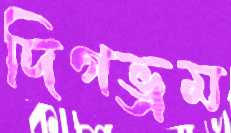
দিগভ্রম